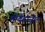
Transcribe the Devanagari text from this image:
मीबेंडाज़ोल